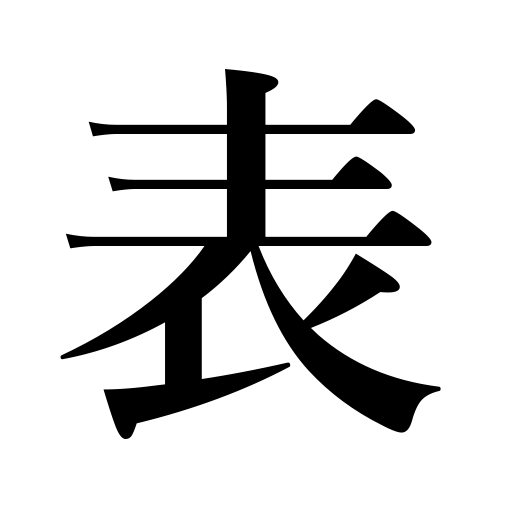
Meanings: mat covers,front,table,appear,be discovered,list,first half of an inning,diagram,manifest,emerge,the street,schedule,be revealed,become famous,face,show up,be mentioned,right side,outside,exterior,surface,show,head of a coin,come in sight,express,chart